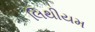
લિથીયમ